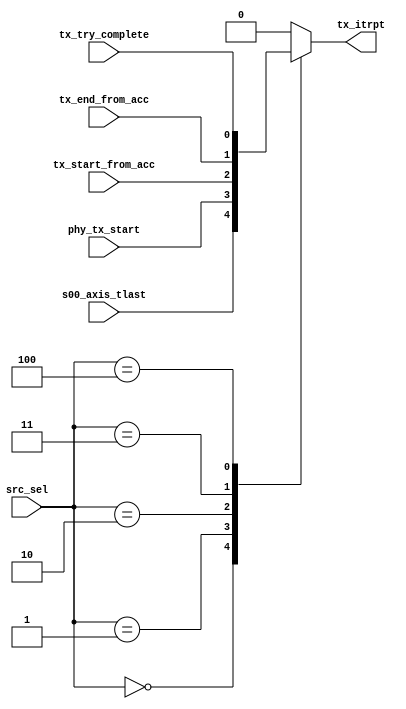
// This program was cloned from: https://github.com/open-sdr/openwifi-hw
// License: GNU Affero General Public License v3.0

// Xianjun jiao. putaoshu@msn.com; xianjun.jiao@imec.be;

`timescale 1 ns / 1 ps

module tx_interrupt_selection
(
     // selection
     input wire [2:0] src_sel,

     // src
     input wire s00_axis_tlast,
     input wire phy_tx_start,
     input wire tx_start_from_acc,
     input wire tx_end_from_acc,
     input wire tx_try_complete,

     // to ps interrupt
     output reg tx_itrpt
);

always @( src_sel, s00_axis_tlast,phy_tx_start, tx_start_from_acc, tx_end_from_acc,tx_try_complete)
begin
     case (src_sel)
     3'b000 : begin
                    tx_itrpt = s00_axis_tlast;
               end
     3'b001 : begin
                    tx_itrpt = phy_tx_start;
               end
     3'b010 : begin
                    tx_itrpt = tx_start_from_acc;
               end
     3'b011 : begin
                    tx_itrpt = tx_end_from_acc;
               end
     3'b100 : begin
                    tx_itrpt = tx_try_complete;
               end
     default: begin
                    tx_itrpt = 0;
               end
     endcase
end

endmodule